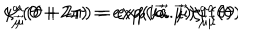
\psi _ { \vec { \mu } } ^ { a } ( \theta + 2 \pi ) = e x p ( i \vec { a } . \vec { \mu } ) \psi _ { \vec { \mu } } ^ { a } ( \theta ) \hspace { . 6 i n } \zeta _ { \vec { \mu } } ^ { a } ( \theta + 2 \pi ) = e x p ( i \vec { a } . \vec { \mu } ) \zeta _ { \vec { \mu } } ^ { a } ( \theta )